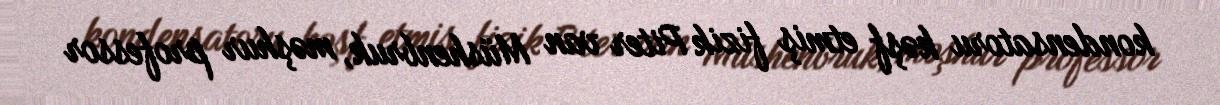
kondensatoru kəşf etmiş fizik Piter van Müshenbruk, məşhur professor